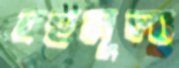
বহুমূল্য